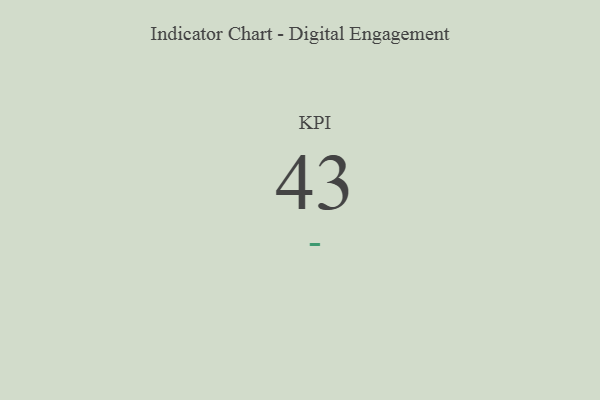
{"axis": {"x": "KPI", "y": "Value"}, "legend": [""], "data": [{"x": "KPI", "y": 43, "type": ""}]}